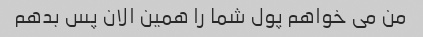
من می خواهم پول شما را همین الان پس بدهم